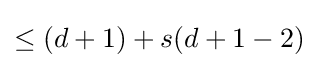
\leq (d+1)+s(d+1-2)